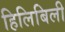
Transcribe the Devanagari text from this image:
हिलिबिली